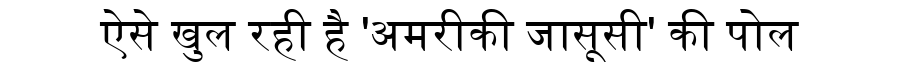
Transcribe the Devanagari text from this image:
ऐसे खुल रही है 'अमरीकी जासूसी' की पोल